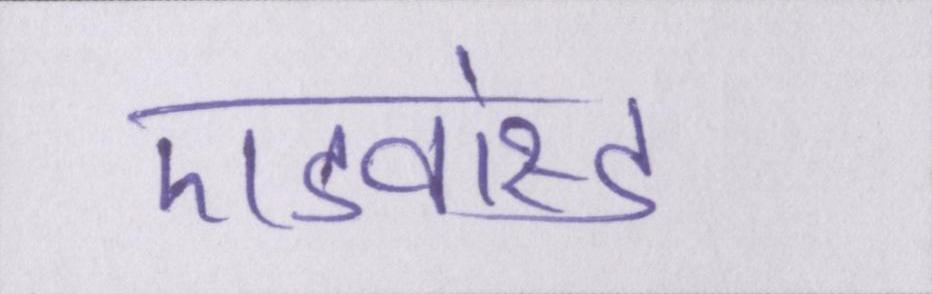
एडवांस्ड